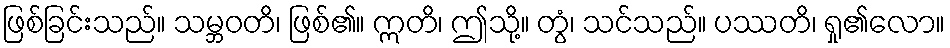
ဖြစ်ခြင်းသည်။ သမ္ဘဝတိ၊ ဖြစ်၏။ ဣတိ၊ ဤသို့။ တွံ၊ သင်သည်။ ပဿတိ၊ ရှု၏လော။